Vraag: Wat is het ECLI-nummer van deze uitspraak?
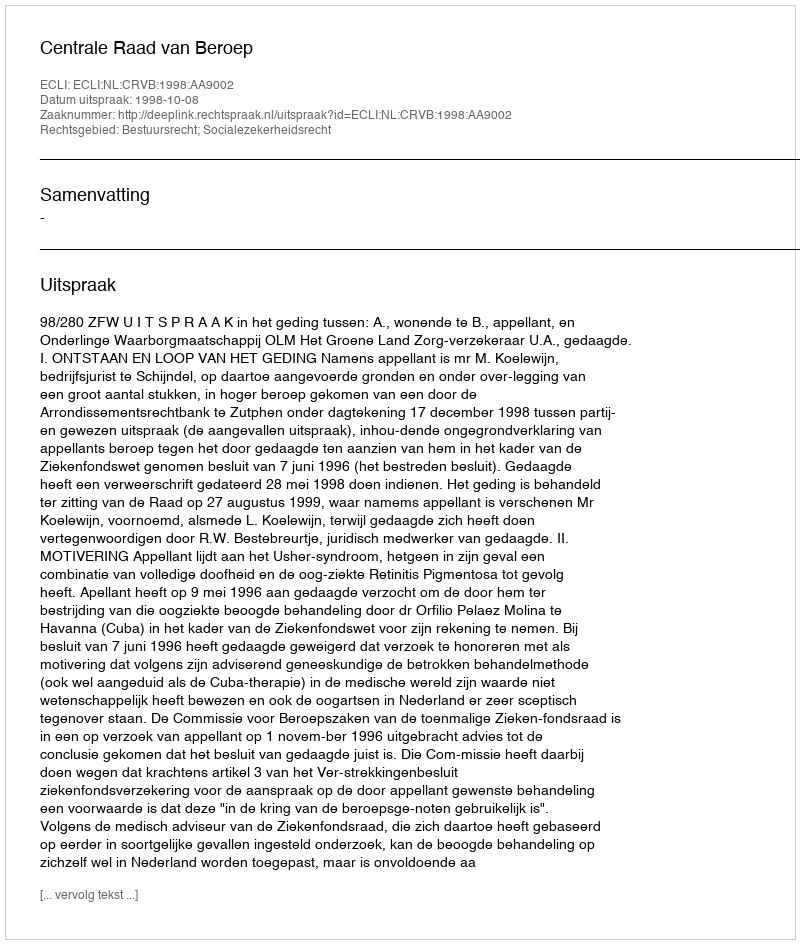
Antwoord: ECLI:NL:CRVB:1998:AA9002